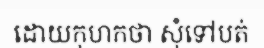
ដោយកុហកថា សុំទៅបត់